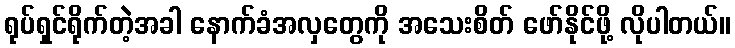
ရုပ်ရှင်ရိုက်တဲ့အခါ နောက်ခံအလှတွေကို အသေးစိတ် ဖော်နိုင်ဖို့ လိုပါတယ်။